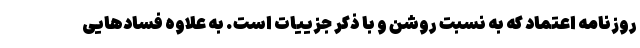
روزنامه اعتماد که به نسبت روشن و با ذکر جزییات است. به علاوه فسادهایی